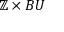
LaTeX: \mathbb { Z } \times B U